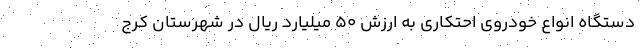
دستگاه انواع خودروی احتکاری به ارزش 50 میلیارد ریال در شهرستان کرج